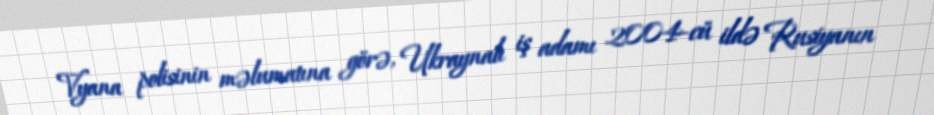
Vyana polisinin məlumatına görə, Ukraynalı iş adamı 2004-cü ildə Rusiyanın